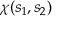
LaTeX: \chi ( s _ { 1 } , s _ { 2 } )